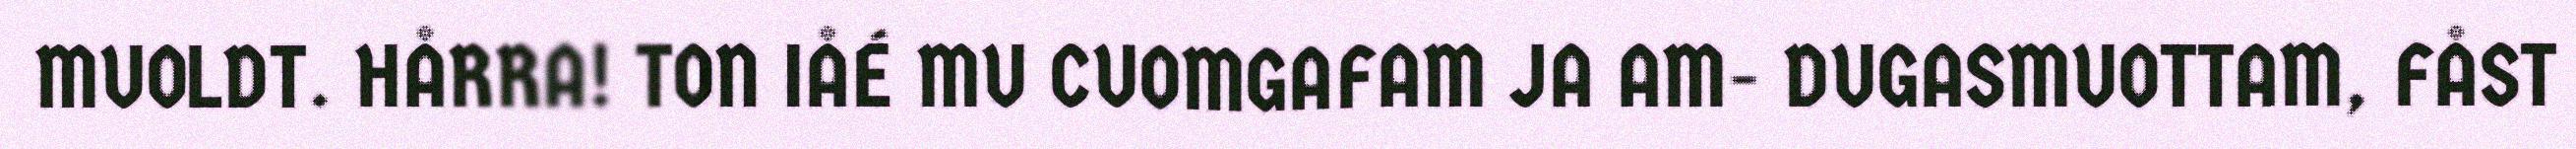
MUOLDT. HÅRRA! TON IÅÉ MU CUOMGAFAM JA AM- DUGASMUOTTAM, FÅST